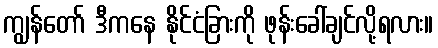
ကျွန်တော် ဒီကနေ နိုင်ငံခြားကို ဖုန်းခေါ်ချင်လို့ရလား။